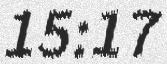
15:17